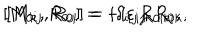
LaTeX: [ M _ { 0 i } , R _ { 0 j } ] = - i \varepsilon _ { i j k } R _ { 0 k } , \hspace { 1 i n } [ M _ { k j } , R _ { 0 i } ] = i \delta _ { i [ j } R _ { 0 | k ] } ,